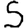
Digit: 5